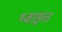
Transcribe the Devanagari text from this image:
थ्वाइत्त